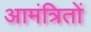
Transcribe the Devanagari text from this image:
आमंत्रितों